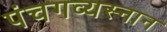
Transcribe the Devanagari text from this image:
पंचगव्यस्नान